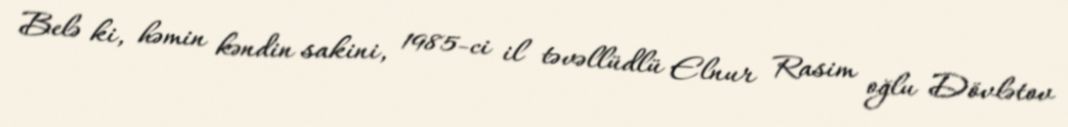
Belə ki, həmin kəndin sakini, 1985-ci il təvəllüdlü Elnur Rasim oğlu Dövlətov